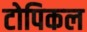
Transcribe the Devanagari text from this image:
टोपिकल